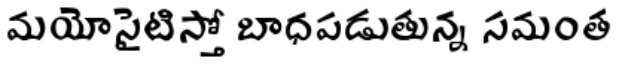
మయోసైటిస్తో బాధపడుతున్న సమంత